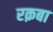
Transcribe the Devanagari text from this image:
रक़बा